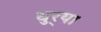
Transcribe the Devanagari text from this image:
धुर्‍या